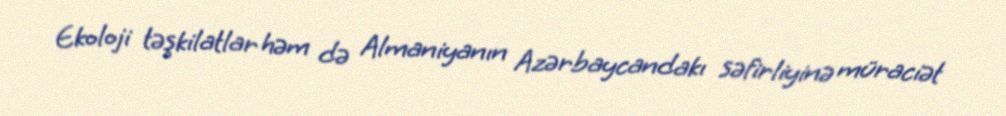
Ekoloji təşkilatlar həm də Almaniyanın Azərbaycandakı səfirliyinə müraciət